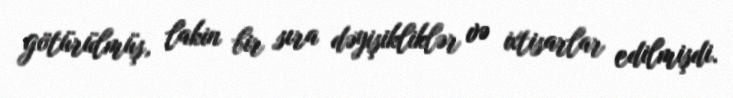
götürülmüş, lakin bir sıra dəyişikliklər və ixtisarlar edilmişdi.